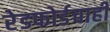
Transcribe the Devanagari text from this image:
रेडफोर्डचाही